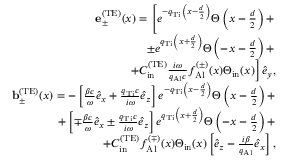
\begin{array} { r l r } & { } & { { \bf e } _ { \pm } ^ { \mathrm { ( T E ) } } ( x ) = \left[ e ^ { - q _ { \mathrm { T i } } \left( x - \frac { d } { 2 } \right) } \Theta \left( x - \frac { d } { 2 } \right) + \right. } \\ & { } & { \left. \pm e ^ { q _ { \mathrm { T i } } \left( x + \frac { d } { 2 } \right) } \Theta \left( - x - \frac { d } { 2 } \right) + \right. } \\ & { } & { \left. + { \cal C } _ { \mathrm { i n } } ^ { \mathrm { ( T E ) } } \frac { i \omega } { q _ { \mathrm { A l } } c } f _ { \mathrm { A l } } ^ { ( \pm ) } ( x ) \Theta _ { \mathrm { i n } } ( x ) \right] \hat { e } _ { y } , } \\ & { } & { { \bf b } _ { \pm } ^ { \mathrm { ( T E ) } } ( x ) = - \left[ \frac { \beta c } { \omega } \hat { e } _ { x } + \frac { q _ { \mathrm { T i } } c } { i \omega } \hat { e } _ { z } \right] e ^ { - q _ { \mathrm { T i } } \left( x - \frac { d } { 2 } \right) } \Theta \left( x - \frac { d } { 2 } \right) + } \\ & { } & { + \left[ \mp \frac { \beta c } { \omega } \hat { e } _ { x } \pm \frac { q _ { \mathrm { T i } } c } { i \omega } \hat { e } _ { z } \right] e ^ { q _ { \mathrm { T i } } \left( x + \frac { d } { 2 } \right) } \Theta \left( - x - \frac { d } { 2 } \right) + } \\ & { } & { + { \cal C } _ { \mathrm { i n } } ^ { \mathrm { ( T E ) } } f _ { \mathrm { A l } } ^ { ( \mp ) } ( x ) \Theta _ { \mathrm { i n } } ( x ) \left[ \hat { e } _ { z } - \frac { i \beta } { q _ { \mathrm { A l } } } \hat { e } _ { x } \right] , } \end{array}